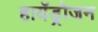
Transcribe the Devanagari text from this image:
हायॅड्रोजन